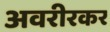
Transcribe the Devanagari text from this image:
अवरीरकर